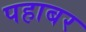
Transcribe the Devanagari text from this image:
पहाबर